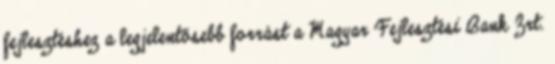
fejlesztéshez a legjelentősebb forrást a Magyar Fejlesztési Bank Zrt.